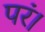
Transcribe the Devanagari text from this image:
परं।